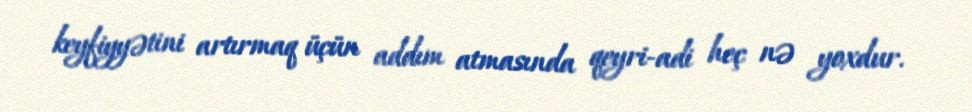
keyfiyyətini artırmaq üçün addım atmasında qeyri-adi heç nə yoxdur.